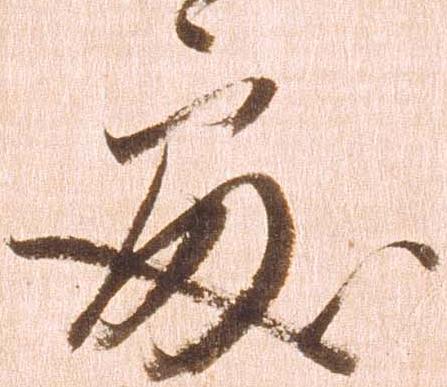
処